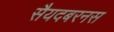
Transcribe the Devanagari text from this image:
सैयदबरनस